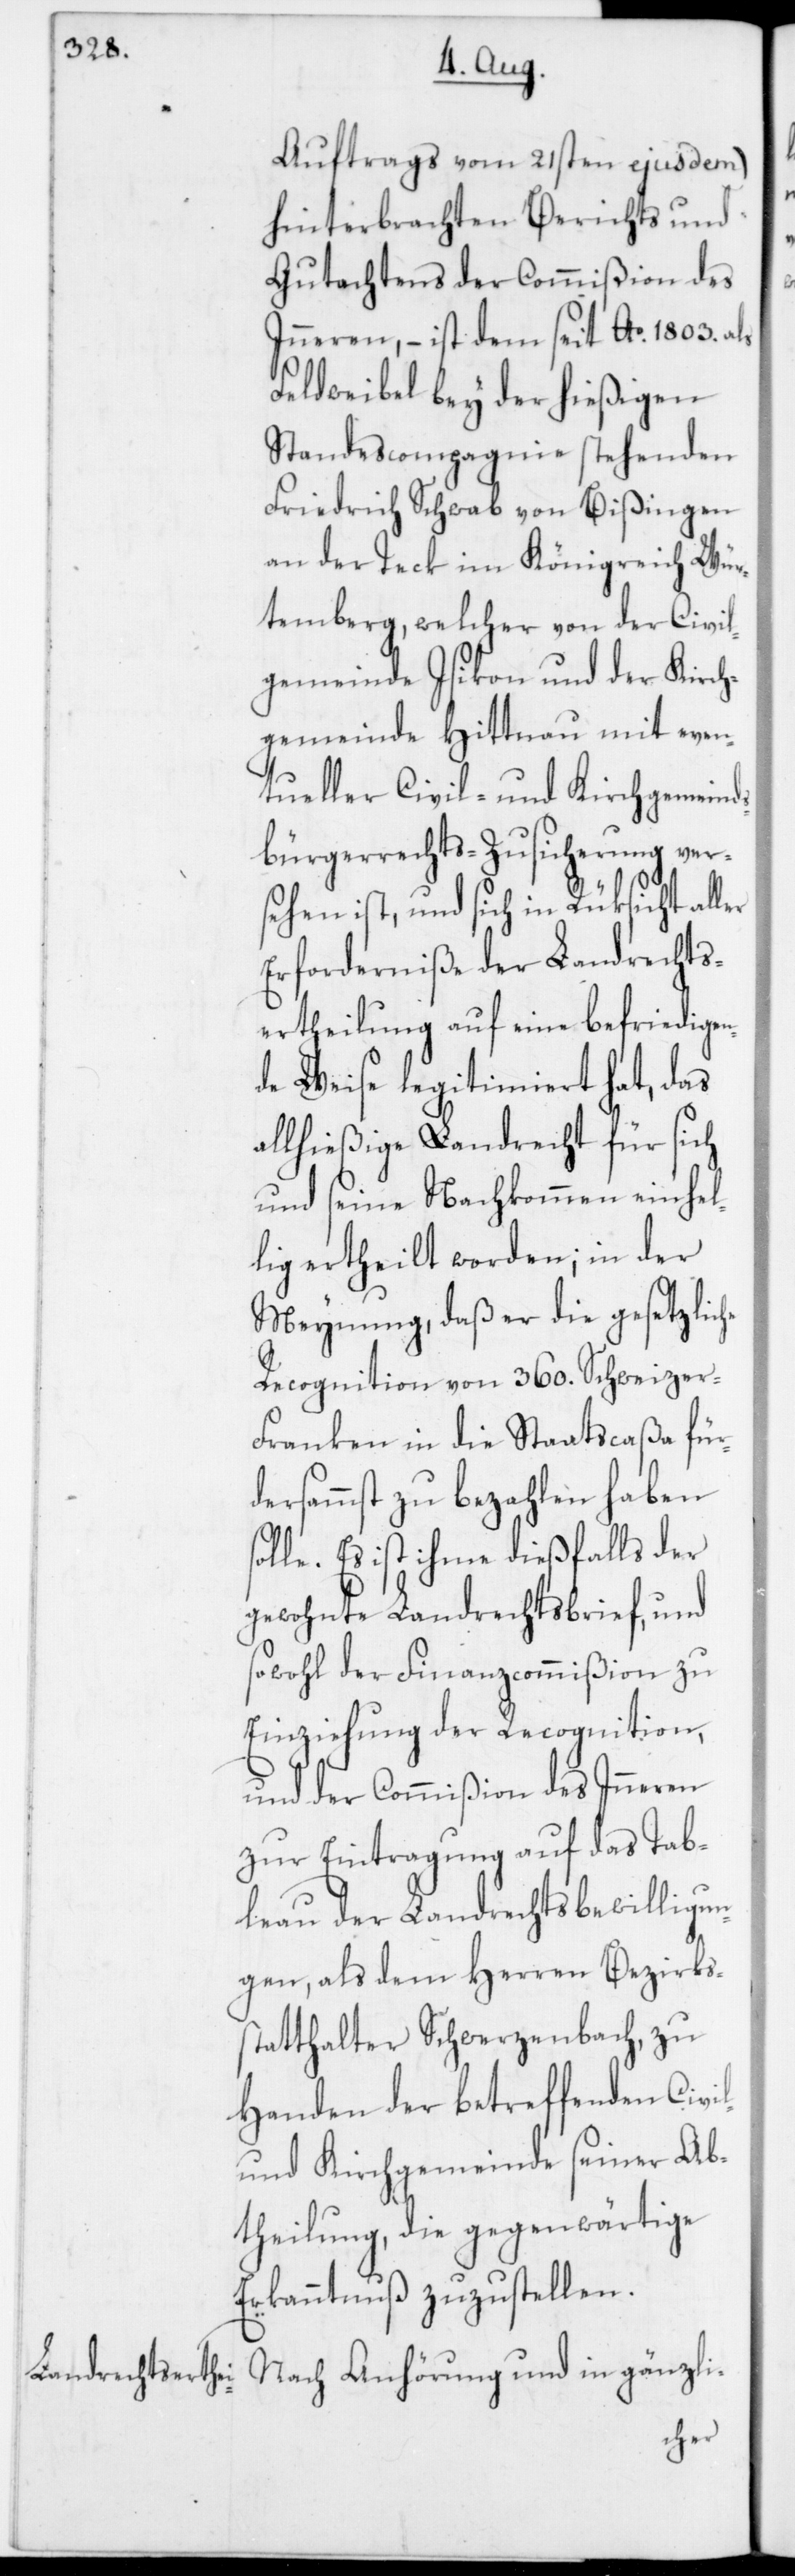
Auftrags vom 21sten ejusdem)
hinterbrachten Berichts und
Gutachtens der Commißion des
Inneren, – ist dem seit Ao 1803. als
Feldweibel bey der hießigen
Standescompagnie stehenden
Friedrich Schwab von Bißingen
an der Teck im Königreich Wür¬
temberg, welcher von der Civil¬
gemeinde Isikon und der Kirch¬
gemeinde Hittnau mit even¬
tueller Civil- und Kirchgemeind¬
sbürgerrechts-Zusicherung ver¬
sehen ist, und sich in Rüksicht al¬
Erforderniße der Landrechts¬
ertheilung auf eine befriedigen¬
de Weise legitimiert hat, das
allhießige Landrecht für sich
und seine Nachkommen einhel¬
lig ertheilt worden, in der
Meynung, daß er die gesetzliche
Recognition von 360. Schweizer-F¬
ranken in die Staatscaßa für¬
dersamst zu bezahlen haben
olle. Es ist ihme dießfalls der
gewohnte Landrechtsbrief, und
sowohl der Finanzcommißion zu
Einziehung der Recognition,
und der Commißion des Inneren
zur Eintragung auf das Tab¬
leau der Landrechtsbewilligun¬
gen, als dem Herren Bezirkss¬
tatthalter Schwerzenbach, zu
Handen der betreffenden Civil-
und Kirchgemeinde seiner Ab¬
theilung, die gegenwärtige
Erkanntnuß zuzustellen.
s¬